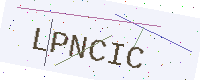
Text: LPNCIC